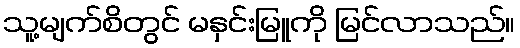
သူ့မျက်စိတွင် မနှင်းမြူကို မြင်လာသည်။